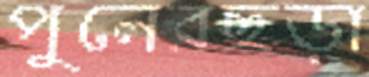
পুলেরছড়া